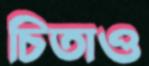
চিতাও